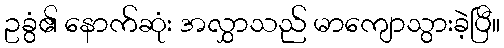
ဥခွံ၏ နောက်ဆုံး အလွှာသည် မာကျောသွားခဲ့ပြီ။